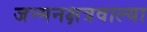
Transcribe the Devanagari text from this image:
जन्मनक्षत्रवाल्या